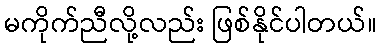
မကိုက်ညီလို့လည်း ဖြစ်နိုင်ပါတယ်။